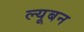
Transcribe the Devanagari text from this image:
ल्यूबन